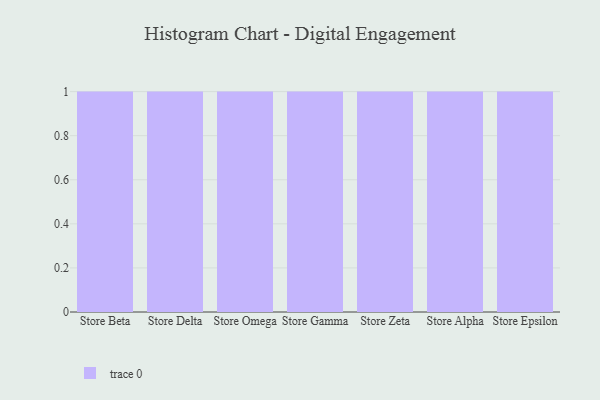
{"axis": {"x": "Store", "y": "Satisfaction Score"}, "legend": [""], "data": [{"x": "Store Beta", "y": 38, "type": ""}, {"x": "Store Delta", "y": 33, "type": ""}, {"x": "Store Omega", "y": 17, "type": ""}, {"x": "Store Gamma", "y": 52, "type": ""}, {"x": "Store Zeta", "y": 3, "type": ""}, {"x": "Store Alpha", "y": 5, "type": ""}, {"x": "Store Epsilon", "y": 83, "type": ""}]}